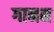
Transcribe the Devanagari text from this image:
गानम